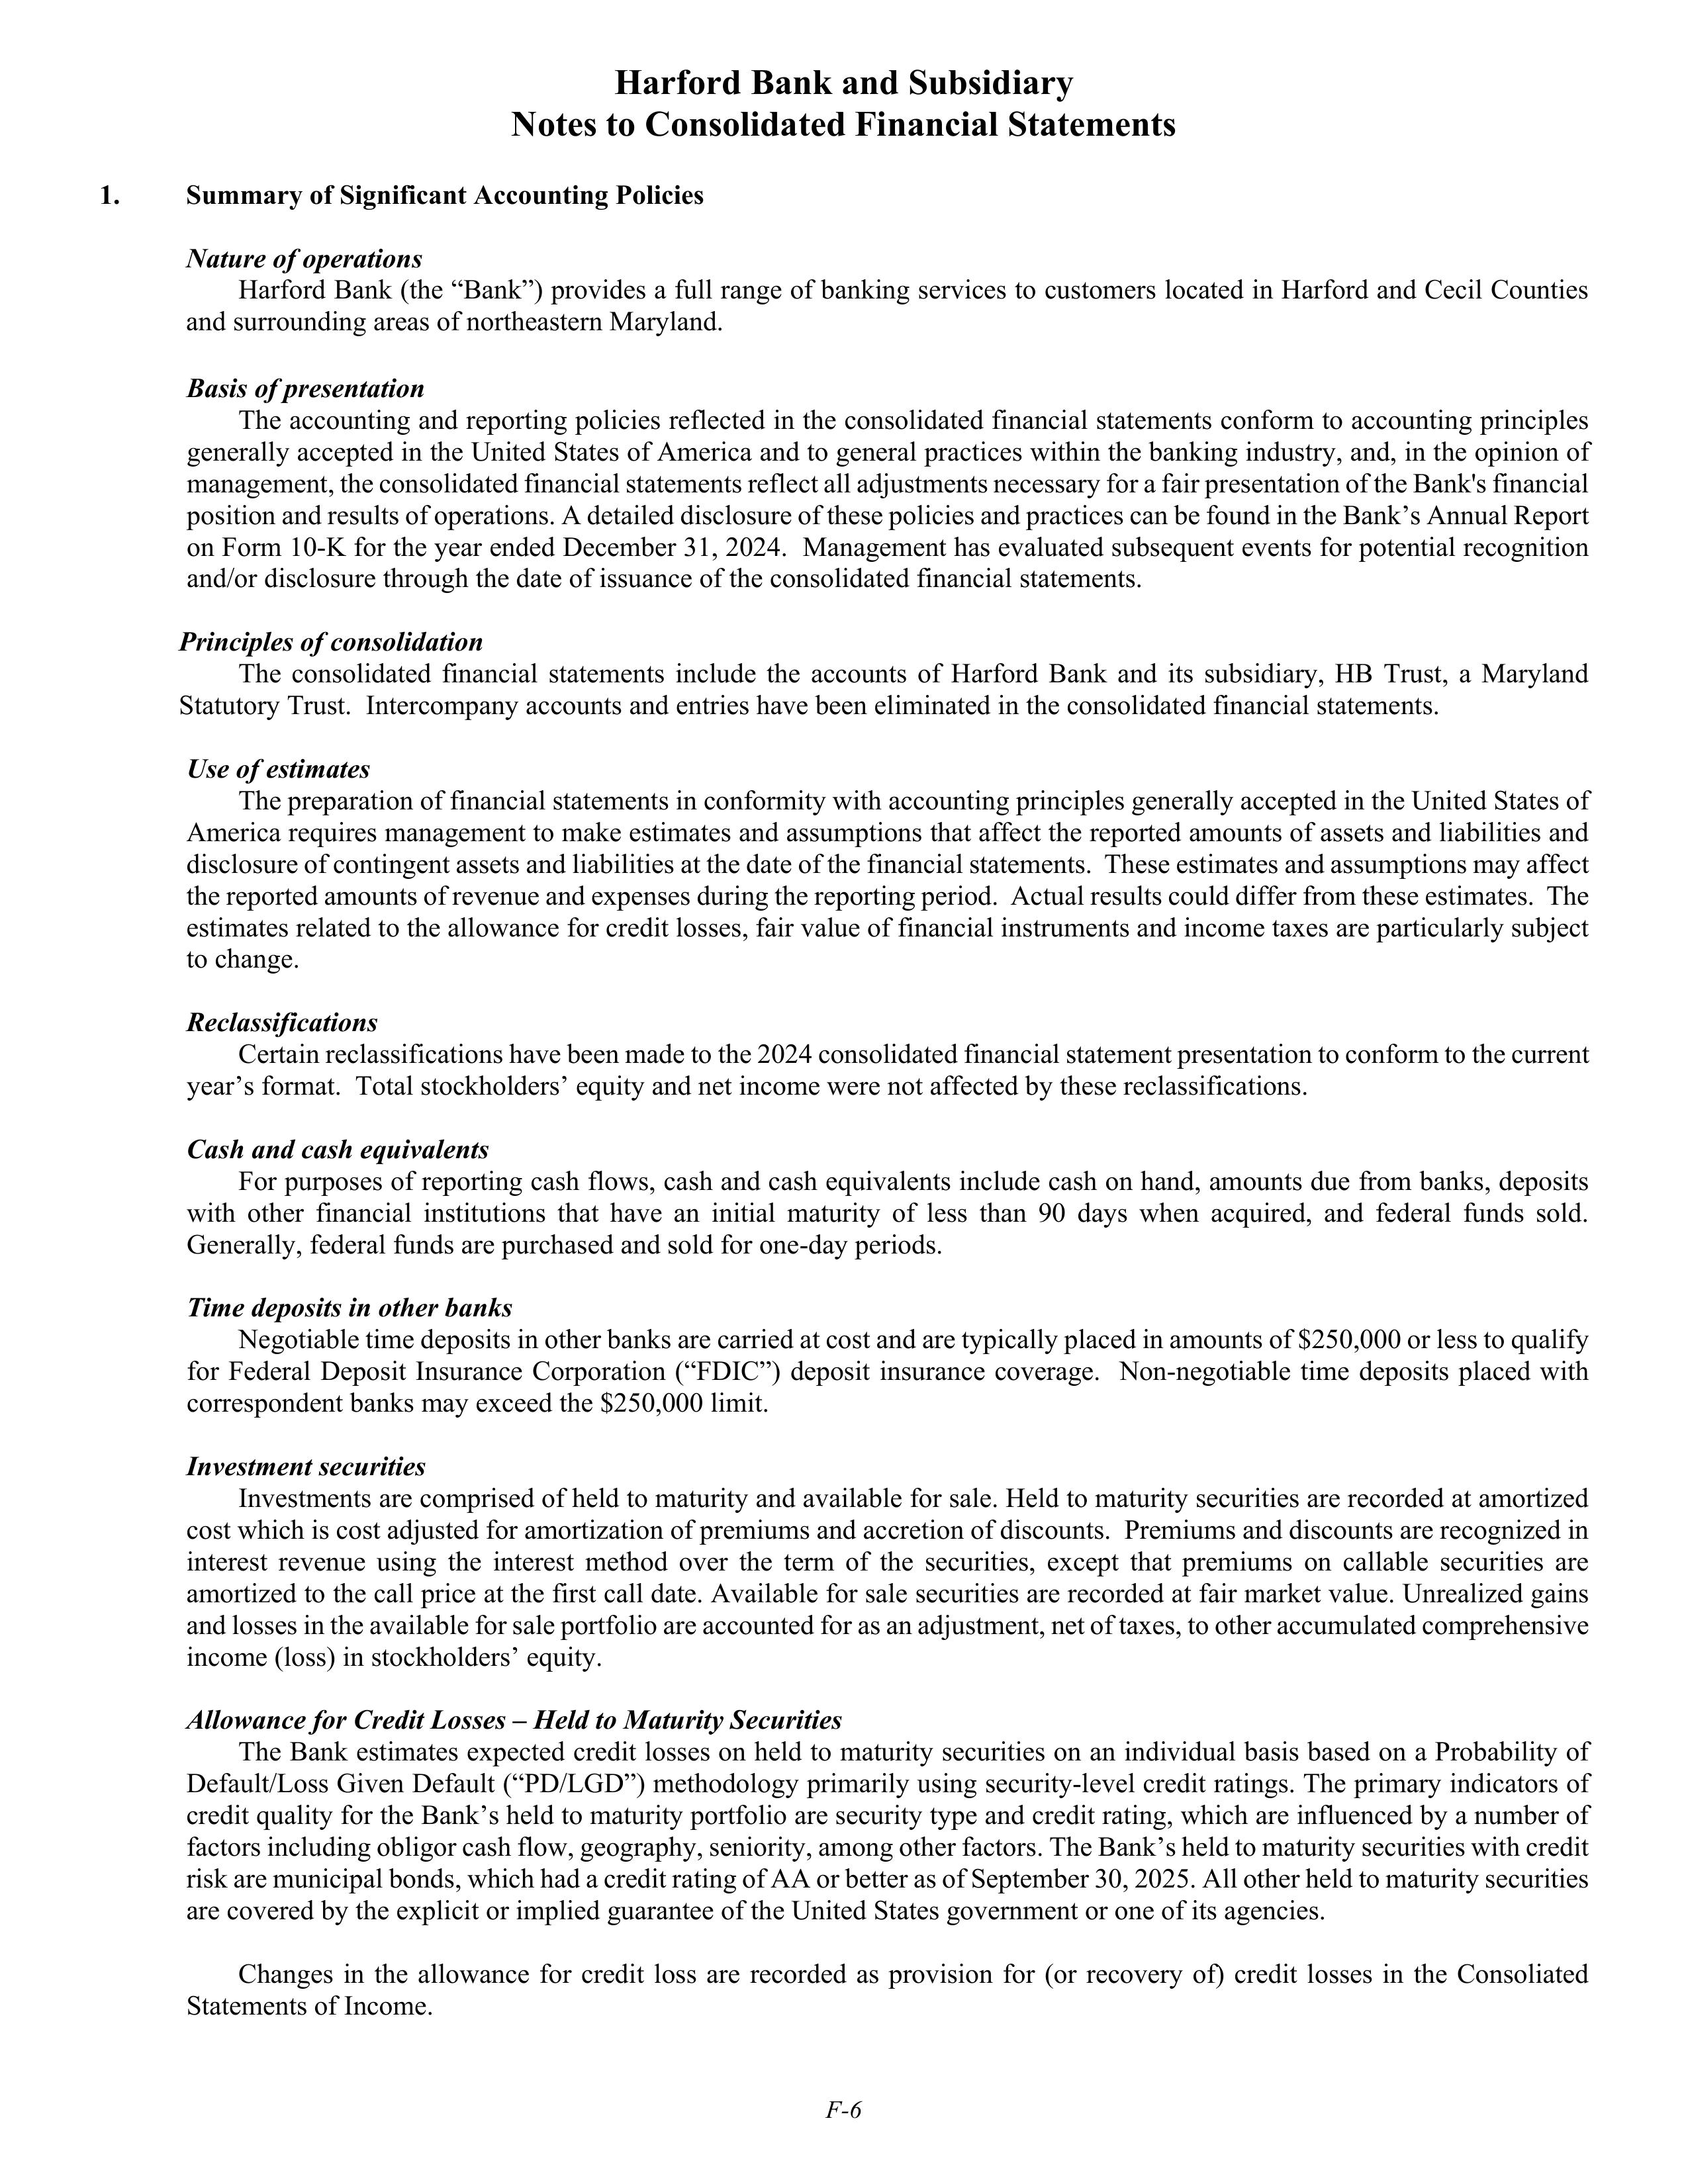
Harford Bank and Subsidiary
Notes to Consolidated Financial Statements

1.        Summary of Significant Accounting Policies

Nature of operations

Harford Bank (the "Bank") provides a full range of banking services to customers located in Harford and Cecil Counties
and surrounding areas of northeastern Maryland.

Basis of presentation

The accounting and reporting policies reflected in the consolidated financial statements conform to accounting principles
generally accepted in the United States of America and to general practices within the banking industry, and, in the opinion of
management, the consolidated financial statements reflect all adjustments necessary for a fair presentation of the Bank's financial
position and results of operations. A detailed disclosure of these policies and practices can be found in the Bank's Annual Report
on Form 10-K for the year ended December 31, 2024. Management has evaluated subsequent events for potential recognition
and/or disclosure through the date of issuance of the consolidated financial statements.

Principles of consolidation

The consolidated financial statements include the accounts of Harford Bank and its subsidiary, HB Trust, a Maryland
Statutory Trust. Intercompany accounts and entries have been eliminated in the consolidated financial statements.

Use of estimates

The preparation of financial statements in conformity with accounting principles generally accepted in the United States of
America requires management to make estimates and assumptions that affect the reported amounts of assets and liabilities and
disclosure of contingent assets and liabilities at the date of the financial statements. These estimates and assumptions may affect
the reported amounts of revenue and expenses during the reporting period. Actual results could differ from these estimates. The
estimates related to the allowance for credit losses, fair value of financial instruments and income taxes are particularly subject
to change.

Reclassifications

Certain reclassifications have been made to the 2024 consolidated financial statement presentation to conform to the current
year's format. Total stockholders' equity and net income were not affected by these reclassifications.

Cash and cash equivalents

For purposes of reporting cash flows, cash and cash equivalents include cash on hand, amounts due from banks, deposits
with other financial institutions that have an initial maturity of less than 90 days when acquired, and federal funds sold.
Generally, federal funds are purchased and sold for one-day periods.

Time deposits in other banks

Negotiable time deposits in other banks are carried at cost and are typically placed in amounts of $250,000 or less to qualify
for Federal Deposit Insurance Corporation ("FDIC") deposit insurance coverage. Non-negotiable time deposits placed with
correspondent banks may exceed the $250,000 limit.

Investment securities

Investments are comprised of held to maturity and available for sale. Held to maturity securities are recorded at amortized
cost which is cost adjusted for amortization of premiums and accretion of discounts. Premiums and discounts are recognized in
interest revenue using the interest method over the term of the securities, except that premiums on callable securities are
amortized to the call price at the first call date. Available for sale securities are recorded at fair market value. Unrealized gains
and losses in the available for sale portfolio are accounted for as an adjustment, net of taxes, to other accumulated comprehensive
income (loss) in stockholders' equity.

Allowance for Credit Losses – Held to Maturity Securities

The Bank estimates expected credit losses on held to maturity securities on an individual basis based on a Probability of
Default/Loss Given Default ("PD/LGD") methodology primarily using security-level credit ratings. The primary indicators of
credit quality for the Bank's held to maturity portfolio are security type and credit rating, which are influenced by a number of
factors including obligor cash flow, geography, seniority, among other factors. The Bank's held to maturity securities with credit
risk are municipal bonds, which had a credit rating of AA or better as of September 30, 2025. All other held to maturity securities
are covered by the explicit or implied guarantee of the United States government or one of its agencies.

Changes in the allowance for credit loss are recorded as provision for (or recovery of) credit losses in the Consolidated
Statements of Income.

F-6